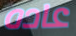
عاده